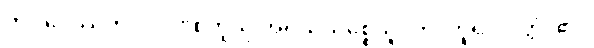
ကို။ ဒေဿတုံ၊ ငှာ။ “စတူသု အရိယသစ္စေသူ”တိ၊ ဟူ၍။ ဝုတ္တံ၊ ၏။